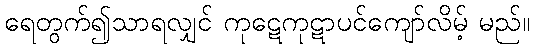
ရေတွက်၍သာရလျှင် ကုဋေကုဋာပင်ကျော်လိမ့် မည်။